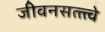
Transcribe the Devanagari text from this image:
जीवनसत्त्त्वे